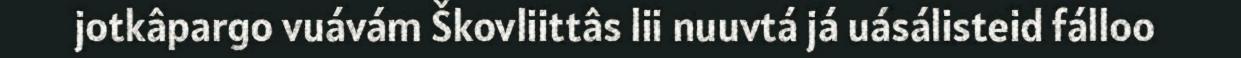
jotkâpargo vuávám Škovliittâs lii nuuvtá já uásálisteid fálloo